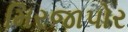
મિરજાપોર